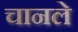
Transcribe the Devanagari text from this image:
चानले